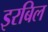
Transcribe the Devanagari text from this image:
इरबिल